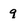
Character: 9